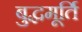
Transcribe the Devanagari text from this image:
बुद्धमूर्ति